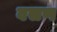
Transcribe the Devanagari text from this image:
वसण